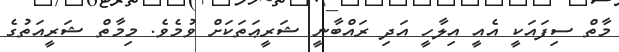
މާތް ސިފައަކީ އެއީ އިލާހީ އަދި ރައްބާނީ ޝަރީޢަތަކަށް ވުމެވެ. މިމާތް ޝަރީއަތުގެ